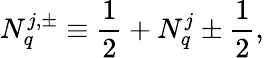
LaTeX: N_{q}^{j,\pm}\equiv\frac{1}{2}+N_{q}^{j}\pm\frac{1}{2},